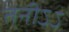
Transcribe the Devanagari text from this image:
तनीऽऽ